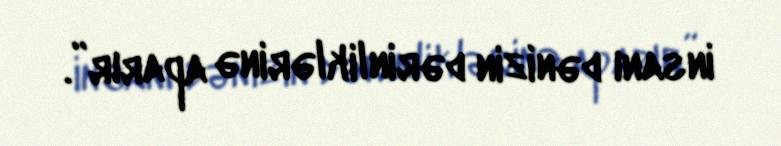
insanı dənizin dərinliklərinə aparır”.